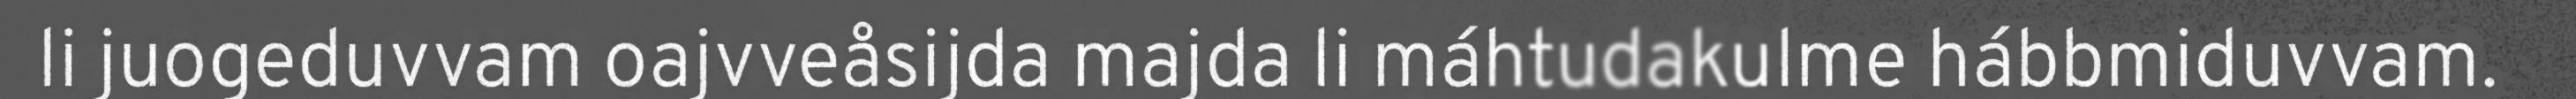
li juogeduvvam oajvveåsijda majda li máhtudakulme hábbmiduvvam.